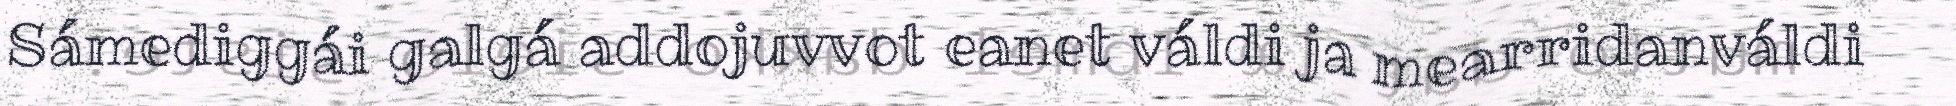
Sámediggái galgá addojuvvot eanet váldi ja mearridanváldi